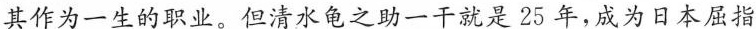
其作为一生的职业。但清水龟之助一干就是25年，成为日本屈指